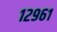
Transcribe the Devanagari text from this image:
१२९६१